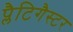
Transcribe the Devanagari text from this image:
प्लैटिगैस्टर